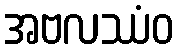
အဗလဿံဝ